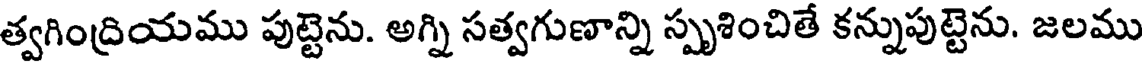
త్వగింద్రియము పుట్టెను. అగ్ని సత్వగుణాన్ని స్పృశించితే కన్నుపుట్టెను. జలము